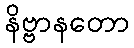
နိဗ္ဗာနတော